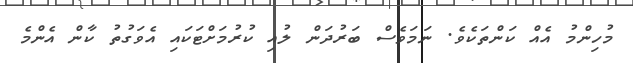
މުހިންމު އެއް ކަންތަކެވެ. ނަމަވެސް ބަރުދަން ލުއި ކުރުމަށްޓަކައި އެވަގުތު ކާން އެންމެ